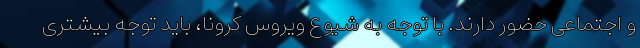
و اجتماعی حضور دارند. با توجه به شیوع ویروس کرونا، باید توجه بیشتری